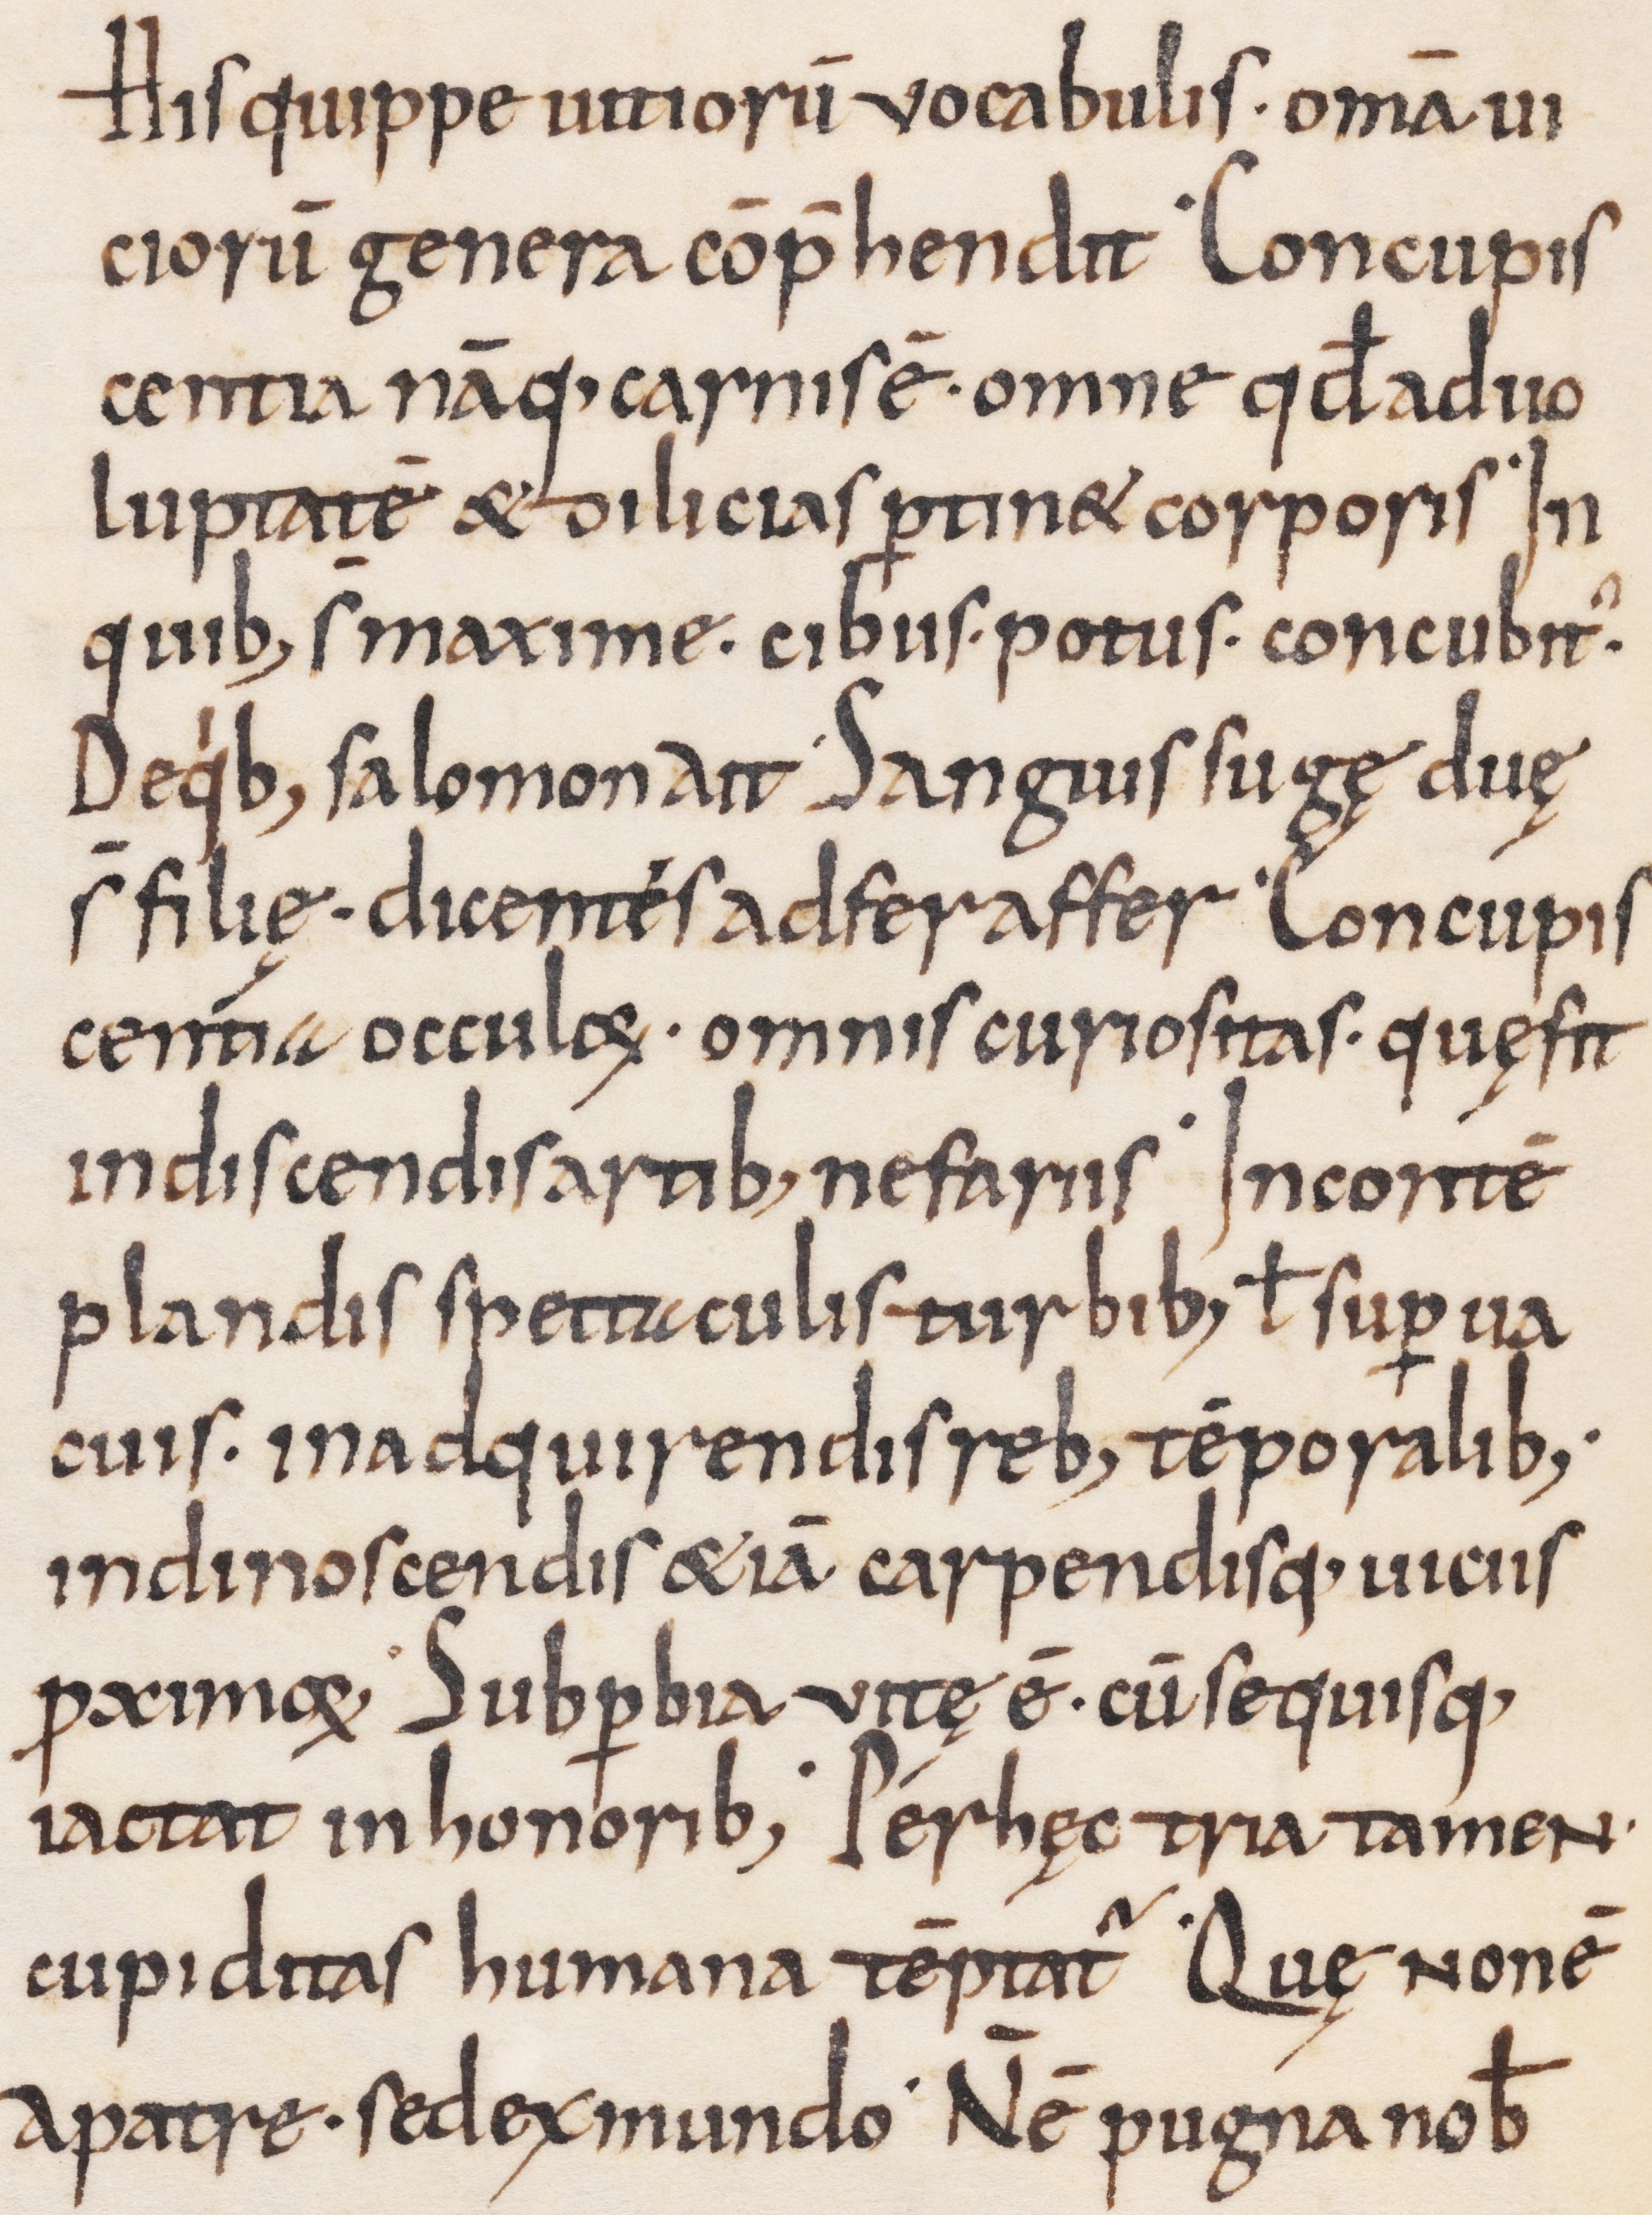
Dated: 800–999